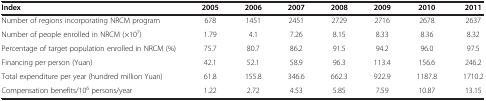
<table><thead><tr><td><b>Index</b></td><td><b>2005</b></td><td><b>2006</b></td><td><b>2007</b></td><td><b>2008</b></td><td><b>2009</b></td><td><b>2010</b></td><td><b>2011</b></td></tr></thead><tbody><tr><td>Number of regions incorporating NRCM program</td><td>678</td><td>1451</td><td>2451</td><td>2729</td><td>2716</td><td>2678</td><td>2637</td></tr><tr><td>Number of people enrolled in NRCM (×10<sup>7</sup>)</td><td>1.79</td><td>4.1</td><td>7.26</td><td>8.15</td><td>8.33</td><td>8.36</td><td>8.32</td></tr><tr><td>Percentage of target population enrolled in NRCM (%)</td><td>75.7</td><td>80.7</td><td>86.2</td><td>91.5</td><td>94.2</td><td>96.0</td><td>97.5</td></tr><tr><td>Financing per person (Yuan)</td><td>42.1</td><td>52.1</td><td>58.9</td><td>96.3</td><td>113.4</td><td>156.6</td><td>246.2</td></tr><tr><td>Total expenditure per year (hundred million Yuan)</td><td>61.8</td><td>155.8</td><td>346.6</td><td>662.3</td><td>922.9</td><td>1187.8</td><td>1710.2</td></tr><tr><td>Compensation benefits/10<sup>6</sup> persons/year</td><td>1.22</td><td>2.72</td><td>4.53</td><td>5.85</td><td>7.59</td><td>10.87</td><td>13.15</td></tr></tbody></table>